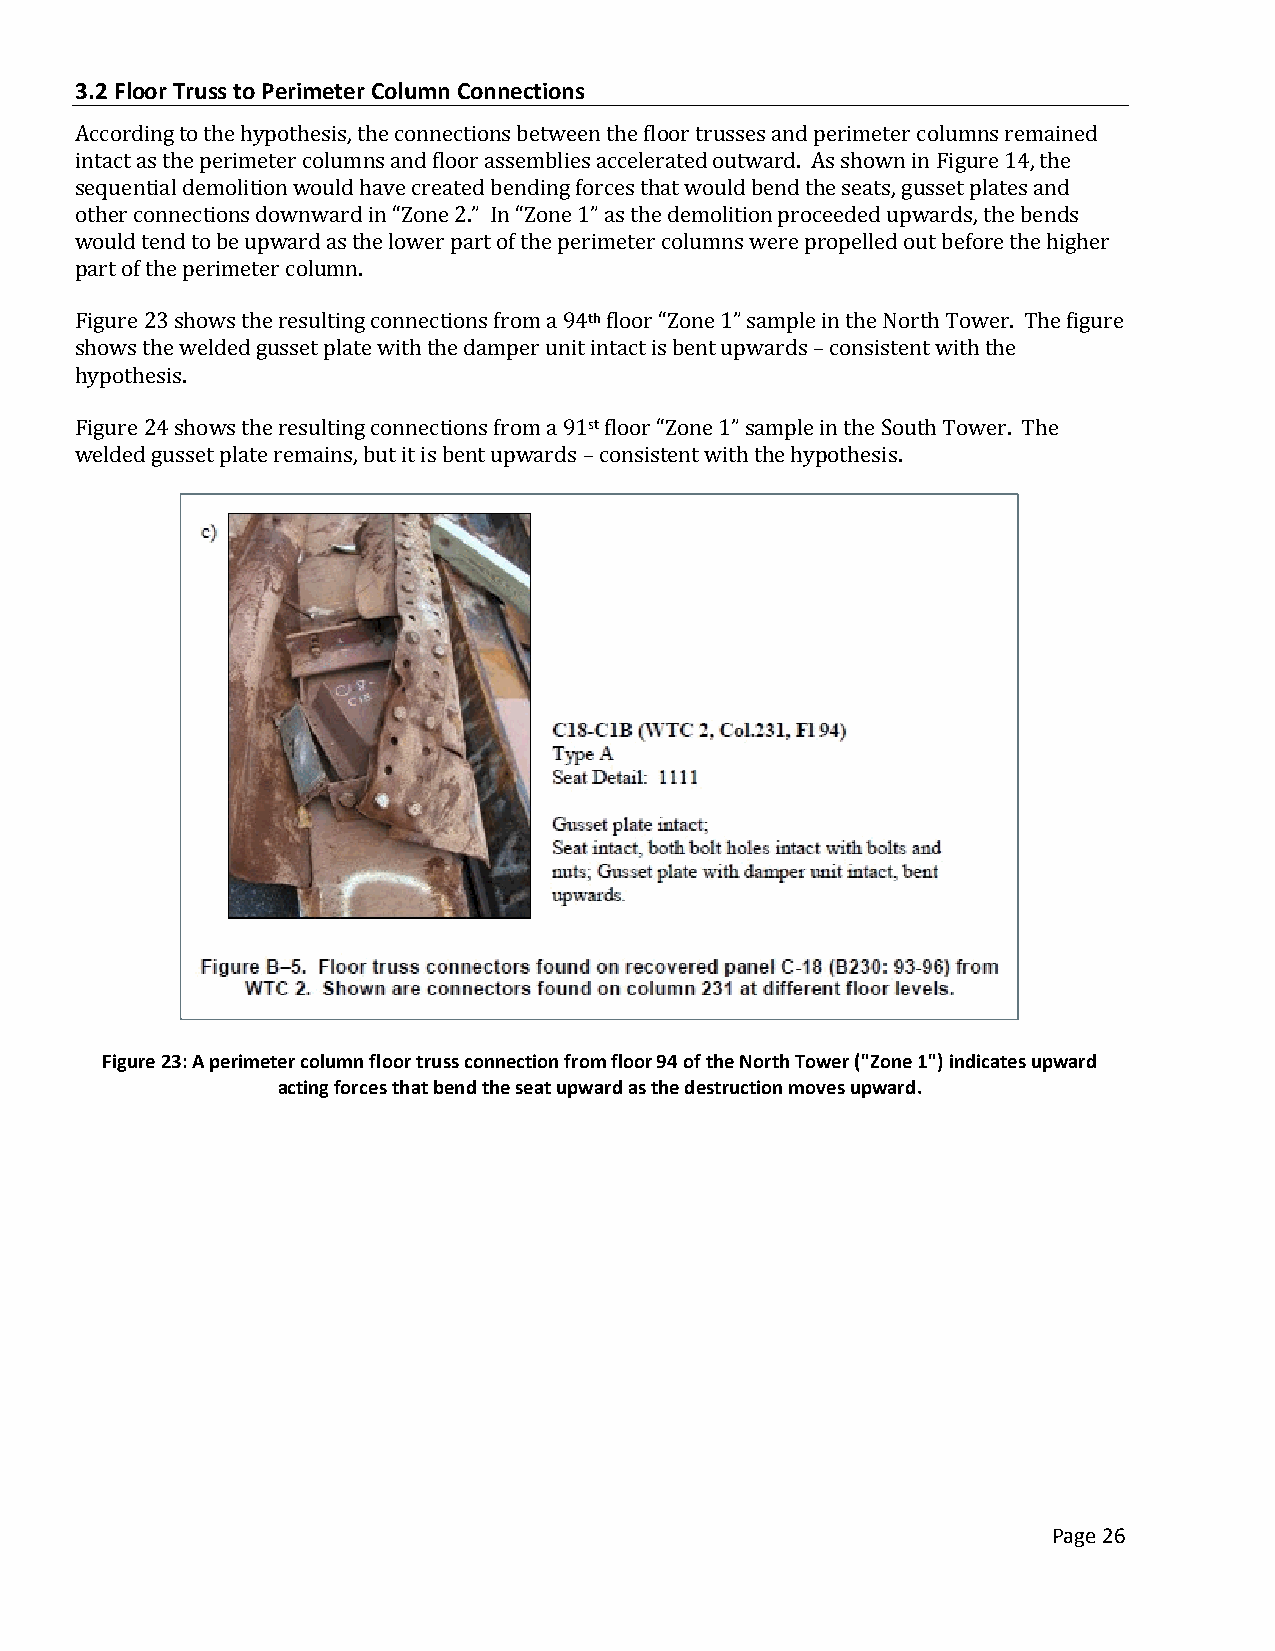
3.2 Floor Truss to Perimeter Column Connections
 According to the hypothesis, the connections between the floor trusses and perimeter columns remained
 intact as the perimeter columns and floor assemblies accelerated outward. As shown in Figure 14, the
 sequential demolition would have created bending forces that would bend the seats, gusset plates and
 other connections downward in “Zone 2.” In “Zone 1” as the demolition proceeded upwards, the bends
 would tend to be upward as the lower part of the perimeter columns were propelled out before the higher
 part of the perimeter column.
 Figure 23 shows the resulting connections from a 94th floor “Zone 1” sample in the North Tower. The figure
 shows the welded gusset plate with the damper unit intact is bent upwards – consistent with the
 hypothesis.
 Figure 24 shows the resulting connections from a 91st floor “Zone 1” sample in the South Tower. The
 welded gusset plate remains, but it is bent upwards – consistent with the hypothesis.
 Figure 23: A perimeter column floor truss connection from floor 94 of the North Tower ("Zone 1") indicates upward
 acting forces that bend the seat upward as the destruction moves upward.
 Page 26